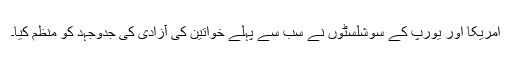
امریکا اور یورپ کے سوشلسٹوں نے سب سے پہلے خواتین کی آزادی کی جدوجہد کو منظم کیا۔